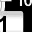
Digit: 1